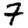
Digit: 7